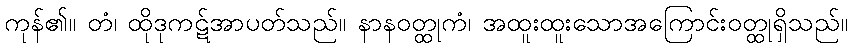
ကုန်၏။ တံ၊ ထိုဒုကဋ်အာပတ်သည်။ နာနဝတ္ထုကံ၊ အထူးထူးသောအကြောင်းဝတ္ထုရှိသည်။